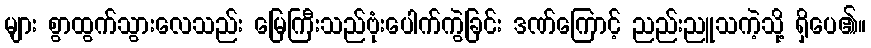
များ စွာထွက်သွားလေသည်း မြေကြီးသည်ဗုံးပေါက်ကွဲခြင်း ဒဏ်ကြောင့် ညည်းညူသကဲ့သို့ ရှိပေ၏။